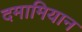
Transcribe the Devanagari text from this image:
दमामियान